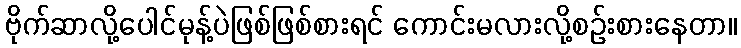
ဗိုက်ဆာလို့ပေါင်မုန့်ပဲဖြစ်ဖြစ်စားရင် ကောင်းမလားလို့စဉ်းစားနေတာ။